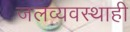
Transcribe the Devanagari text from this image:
जलव्यवस्थाही